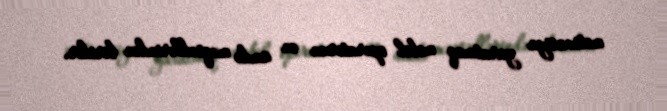
motivasiya yaratmaq mobil operatorun ən ümdə məqsədlərindən biridir.